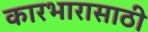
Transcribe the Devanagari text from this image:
कारभारासाठी